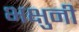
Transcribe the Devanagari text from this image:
भक्षुनी